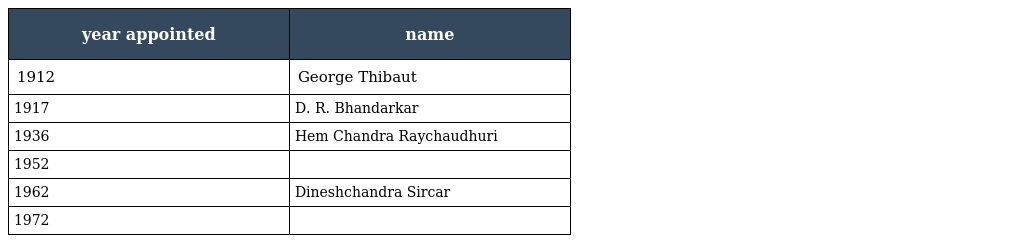
| year appointed | name |
 | --- | --- |
 | 1912 | George Thibaut |
 | 1917 | D. R. Bhandarkar |
 | 1936 | Hem Chandra Raychaudhuri |
 | 1952 |  |
 | 1962 | Dineshchandra Sircar |
 | 1972 |  |